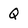
Character: Q